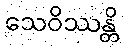
သေဝိဿန္တိ